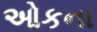
ઓકના